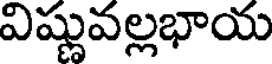
విష్ణువల్లభాయ